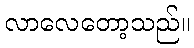
လာလေတော့သည်။